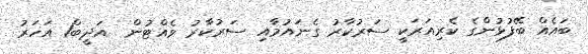
ބައެއް ބޭފުޅުންގެ ކެރިއަރަކީ ސަރުކާރު ގެނައުމާއި ސަރުކާރު ވެއްޓުން  އަދީބް1 އަހަރު